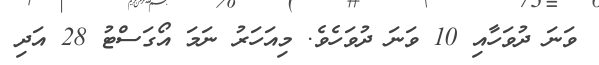
ވަނަ ދުވަހާއި 10 ވަނަ ދުވަހެވެ. މިއަހަރު ނަމަ އޯގަސްޓު 28 އަދި